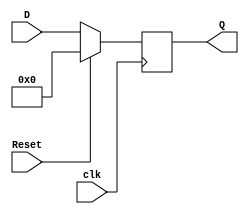
`timescale 1ns / 1ps
//////////////////////////////////////////////////////////////////////////////////
// Company: 
// Engineer: 
// 
// Design Name: 
// Module Name:    PROGRAM COUNTER 
// Project Name:	 Design ARM Architecture 		
// Target Devices: 
// Tool versions: 
// Description: 
//
// Dependencies: 
//
// Revision: 
// Revision 0.01 - File Created
// Additional Comments: 
//
//////////////////////////////////////////////////////////////////////////////////
module Reg_5(
    input [4:0] D,
    output reg [4:0] Q,
    input clk,
    input Reset
    );
	always @(posedge clk)
		if (Reset)
			Q <= 0;
		else
			Q <= D;
endmodule